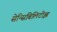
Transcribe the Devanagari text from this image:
सेन्सिबिलिटीझ